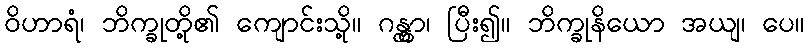
ဝိဟာရံ၊ ဘိက္ခုတို့၏ ကျောင်းသို့။ ဂန္တွာ၊ ပြီး၍။ ဘိက္ခုနိယော အယျ၊ ပေ။